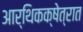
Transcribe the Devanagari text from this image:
आर्थिकक्षेत्रात